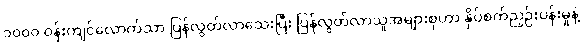
၁၀၀၀ ဝန်းကျင်လောက်သာ ပြန်လွတ်လာသေးပြီး ပြန်လွတ်လာသူအများစုဟာ နှိပ်စက်ညှဉ်းပန်းမှုနဲ့